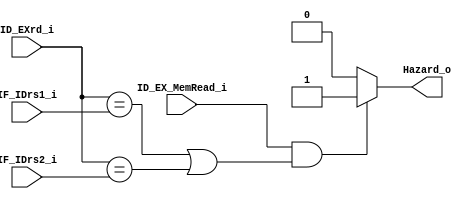
`timescale 1ns / 1ps
//////////////////////////////////////////////////////////////////////////////////
// Company: 
// Engineer: 
// 
// Design Name: 
// Module Name: Hazard_Detect
// Project Name: 
// Target Devices: 
// Tool Versions: 
// Description: 
// 
// Dependencies: 
// 
// Revision:
// Revision 0.01 - File Created
// Additional Comments:
// 
//////////////////////////////////////////////////////////////////////////////////


module Hazard_Detect(
    IF_IDrs1_i,
    IF_IDrs2_i,
    ID_EXrd_i,
    ID_EX_MemRead_i,
    Hazard_o
);

input ID_EX_MemRead_i;
input [4:0] IF_IDrs1_i, IF_IDrs2_i, ID_EXrd_i;
output Hazard_o;

assign Hazard_o = ((ID_EX_MemRead_i && (ID_EXrd_i == IF_IDrs1_i || ID_EXrd_i == IF_IDrs2_i))? 1'b1 : 1'b0);

endmodule